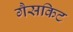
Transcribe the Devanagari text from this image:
गैसकिट